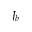
J _ { b }